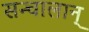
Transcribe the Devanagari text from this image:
सन्चालान्